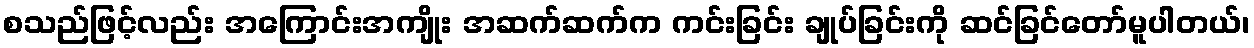
စသည်ဖြင့်လည်း အကြောင်းအကျိုး အဆက်ဆက်က ကင်းခြင်း ချုပ်ခြင်းကို ဆင်ခြင်တော်မူပါတယ်၊